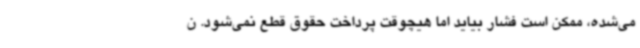
می‌شده، ممکن است فشار بیاید اما هیچوقت پرداخت حقوق قطع نمی‌شود. ن